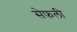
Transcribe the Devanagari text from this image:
सेफली